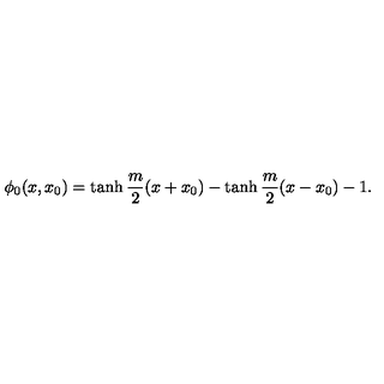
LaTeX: \phi _ { 0 } ( x , x _ { 0 } ) = \tanh \frac { m } { 2 } ( x + x _ { 0 } ) - \tanh \frac { m } { 2 } ( x - x _ { 0 } ) - 1 .